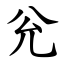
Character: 兊